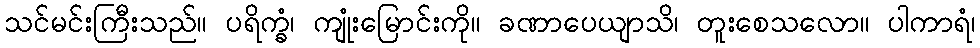
သင်မင်းကြီးသည်။ ပရိက္ခံ၊ ကျုံးမြောင်းကို။ ခဏာပေယျာသိ၊ တူးစေသလော။ ပါကာရံ၊